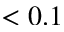
< 0 . 1